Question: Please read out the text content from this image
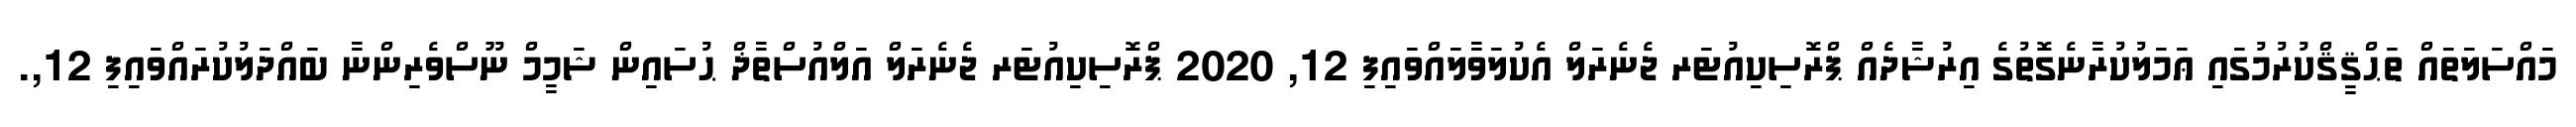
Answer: މައްސަލަތައް ތަޙްޤީޤްކުރުމުގައި ޢަމަލުކުރާނެގޮތުގެ އިރުޝާދެއް ޕްރޮސިކިއުޓަރ ޖެނެރަލް އެކުލަވާލައްވައިފި 12, 2020 ޕްރޮސިކިއުޓަރ ޖެނެރަލް އަލްއުސްތާޛް ޙުސައިން ޝަމީމް ނޫސްވެރިންނާ ބައްދަލުކުރައްވައިފި 12,.